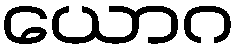
ယောဂ